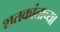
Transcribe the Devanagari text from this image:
शतकांताच्या